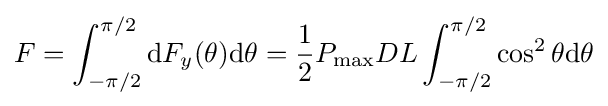
F=\int _{-\pi /2}^{\pi /2}\mathrm {d} F_{y}(\theta )\mathrm {d} \theta ={\frac {1}{2}}P_{\max }DL\int _{-\pi /2}^{\pi /2}\cos ^{2}\theta \mathrm {d} \theta